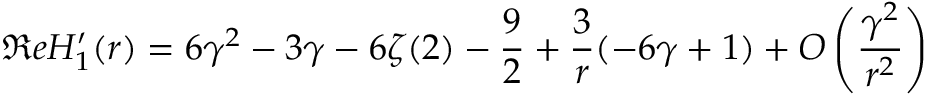
\Re e H _ { 1 } ^ { \prime } ( r ) = 6 \gamma ^ { 2 } - 3 \gamma - 6 \zeta ( 2 ) - { \frac { 9 } { 2 } } + { \frac { 3 } { r } } ( - 6 \gamma + 1 ) + { \cal O } \left( { \frac { \gamma ^ { 2 } } { r ^ { 2 } } } \right)